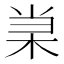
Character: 𰗞